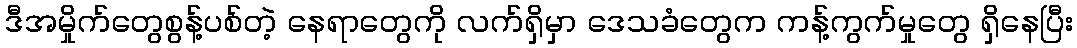
ဒီအမှိုက်တွေစွန့်ပစ်တဲ့ နေရာတွေကို လက်ရှိမှာ ဒေသခံတွေက ကန့်ကွက်မှုတွေ ရှိနေပြီး